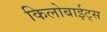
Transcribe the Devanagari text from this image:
किलोबाईट्स